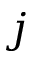
j